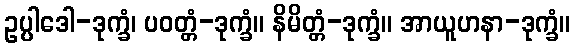
ဥပ္ပါဒေါ-ဒုက္ခံ၊ ပဝတ္တံ-ဒုက္ခံ။ နိမိတ္တံ-ဒုက္ခံ။ အာယူဟနာ-ဒုက္ခံ။